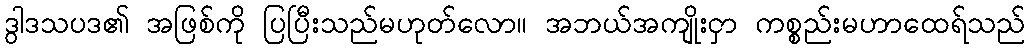
ဒွါဒသပဒ၏ အဖြစ်ကို ပြပြီးသည်မဟုတ်လော။ အဘယ်အကျိုးငှာ ကစ္စည်းမဟာထေရ်သည်